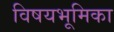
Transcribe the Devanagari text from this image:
विषयभूमिका